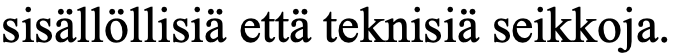
sisällöllisiä että teknisiä seikkoja.